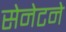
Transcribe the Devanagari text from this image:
सेनेटने